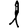
Digit: 1